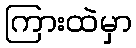
ကြားထဲမှာ